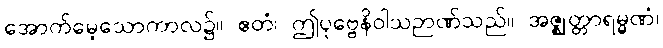
အောက်မေ့သောကာလ၌။ ဧတံ၊ ဤပုဗ္ဗေနိဝါသဉာဏ်သည်။ အဇ္ဈတ္တာရမ္မဏံ၊